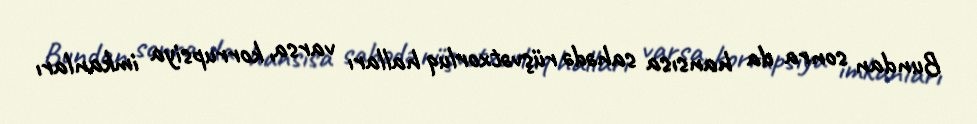
Bundan sonra da hansısa sahədə rüşvətxorluq halları varsa, korrupsiya imkanları